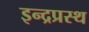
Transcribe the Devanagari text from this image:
इन्‍द्रप्रस्‍थ